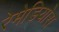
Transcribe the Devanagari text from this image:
रेमेडियोस